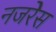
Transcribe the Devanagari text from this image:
नजरेेस